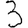
Digit: 3